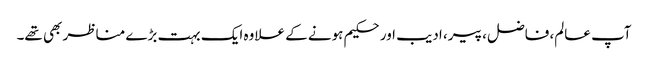
آپ عالم، فاضل، پیر، ادیب اور حکیم ہونے کے علاوہ ایک بہت بڑے مناظر بھی تھے۔